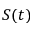
S ( t )